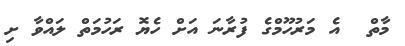
މާތް  އެ މަރުހޫމްގެ ފުރާނަ އަށް ހެޔޮ ރަހުމަތް ލައްވާ ށި